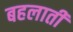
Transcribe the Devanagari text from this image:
बहलाती